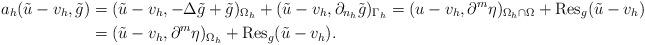
LaTeX: \begin{align*}a_h(\tilde u - v_h, \tilde g) &= (\tilde u - v_h, -\Delta\tilde g + \tilde g)_{\Omega_h} + (\tilde u - v_h, \partial_{n_h}\tilde g)_{\Gamma_h}= (u - v_h, \partial^m\eta)_{\Omega_h\cap\Omega} + \operatorname{Res}_g(\tilde u - v_h) \\&= (\tilde u - v_h, \partial^m\eta)_{\Omega_h} + \operatorname{Res}_g(\tilde u - v_h).\end{align*}